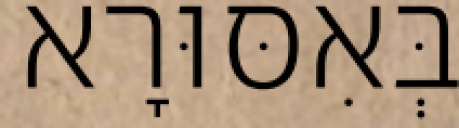
בְּאִסּוּרָא